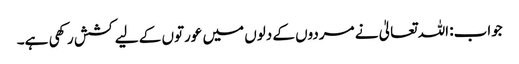
جواب: اللہ تعالیٰ نے مردوں کے دلوں میں عورتوں کے لیے کشش رکھی ہے۔